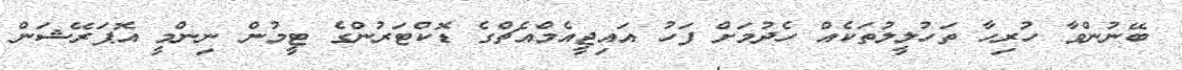
ބޭނުންވާ ހުރިހާ ތަހުލީލުތަކެއް ހެދުމަށް ފަހު އައިޖީއެމްއެޗްގެ ޑޮކްޓަރުންގެ ޓީމުން ނިންމީ އޮޕަރޭޝަން